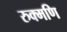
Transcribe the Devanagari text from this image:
रुक्मणि